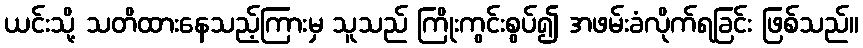
ယင်းသို့ သတိထားနေသည့်ကြားမှ သူသည် ကြိုးကွင်းစွပ်၍ အဖမ်းခံလိုက်ရခြင်း ဖြစ်သည်။